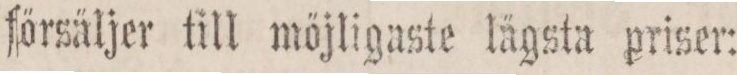
försäljer till möjligaste lägsta priser: